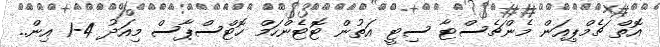
އޮތް ޗެމްޕިއަން މެންޗެސްޓާ ސިޓީ އަތުން ޓޮޓެންހަމް ހޮޓްސްޕާސް މިއަދު 4-1 އިން..